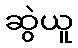
ဆွဲယူ